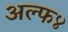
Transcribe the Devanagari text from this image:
अल्फ४